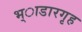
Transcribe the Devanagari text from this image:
भ्ाडारगृह